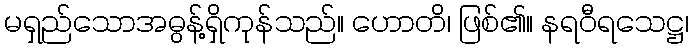
မရှည်သောအဓွန့်ရှိကုန်သည်။ ဟောတိ၊ ဖြစ်၏။ နရဝီရသေဋ္ဌ၊